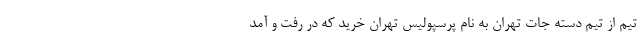
تیم از تیم دسته جات تهران به نام پرسپولیس تهران خرید که در رفت و آمد